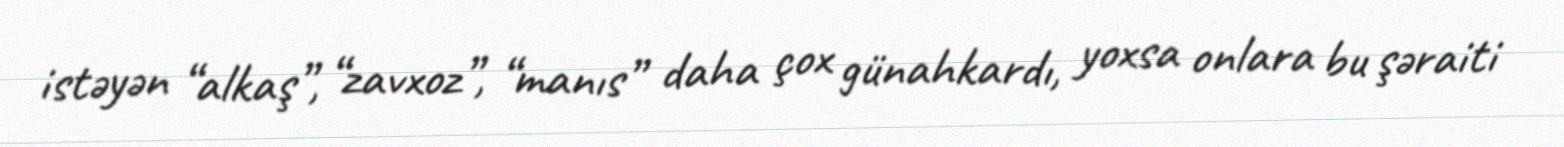
istəyən “alkaş”, “zavxoz”, “manıs” daha çox günahkardı, yoxsa onlara bu şəraiti